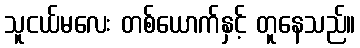
သူငယ်မလေး တစ်ယောက်နှင့် တူနေသည်။